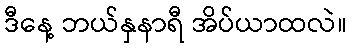
ဒီနေ့ ဘယ်နှနာရီ အိပ်ယာထလဲ။